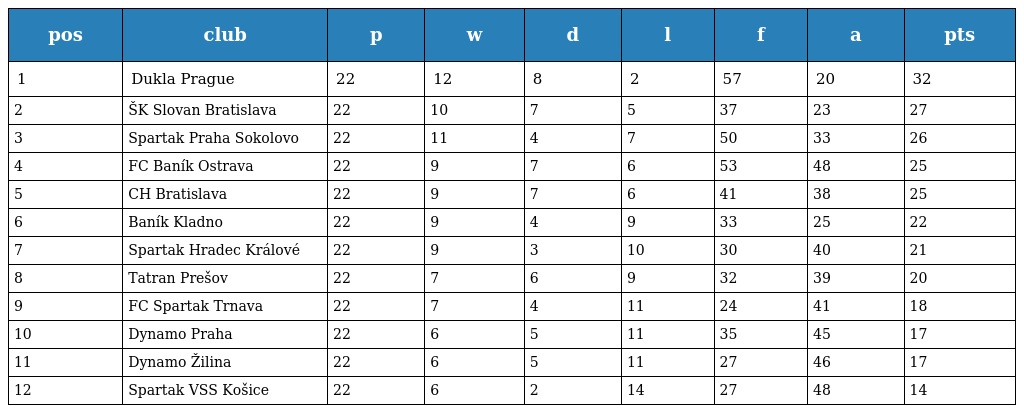
| pos | club | p | w | d | l | f | a | pts |
 | --- | --- | --- | --- | --- | --- | --- | --- | --- |
 | 1 | Dukla Prague | 22 | 12 | 8 | 2 | 57 | 20 | 32 |
 | 2 | ŠK Slovan Bratislava | 22 | 10 | 7 | 5 | 37 | 23 | 27 |
 | 3 | Spartak Praha Sokolovo | 22 | 11 | 4 | 7 | 50 | 33 | 26 |
 | 4 | FC Baník Ostrava | 22 | 9 | 7 | 6 | 53 | 48 | 25 |
 | 5 | CH Bratislava | 22 | 9 | 7 | 6 | 41 | 38 | 25 |
 | 6 | Baník Kladno | 22 | 9 | 4 | 9 | 33 | 25 | 22 |
 | 7 | Spartak Hradec Králové | 22 | 9 | 3 | 10 | 30 | 40 | 21 |
 | 8 | Tatran Prešov | 22 | 7 | 6 | 9 | 32 | 39 | 20 |
 | 9 | FC Spartak Trnava | 22 | 7 | 4 | 11 | 24 | 41 | 18 |
 | 10 | Dynamo Praha | 22 | 6 | 5 | 11 | 35 | 45 | 17 |
 | 11 | Dynamo Žilina | 22 | 6 | 5 | 11 | 27 | 46 | 17 |
 | 12 | Spartak VSS Košice | 22 | 6 | 2 | 14 | 27 | 48 | 14 |